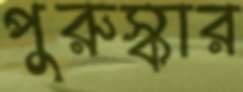
পুরুস্কার